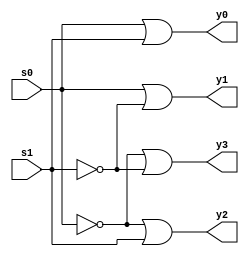
module decode24_low(input s0,s1,output y0,y1,y2,y3);

wire w1,w0;

not s0_bar(w0,s0);
not s1_bar(w1,s1);

or g1(y0,s0,s1);
or g2(y1,s0,w1);
or g3(y2,w0,s1);
or g4(y3,w0,w1);

endmodule